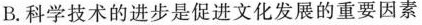
B.科学技术的进步是促进文化发展的重要因素